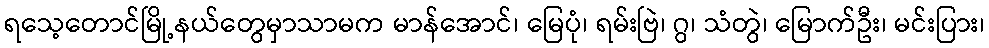
ရသေ့တောင်မြို့နယ်တွေမှာသာမက မာန်အောင်၊ မြေပုံ၊ ရမ်းဗြဲ၊ ဂွ၊ သံတွဲ၊ မြောက်ဦး၊ မင်းပြား၊